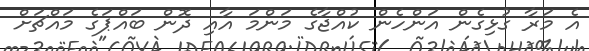
އެ މަރާ ގުޅިގެން އަންހެން ކުއްޖާގެ މަންމަ އާއި ދޮން ބައްޕަގެ މައްޗަށް